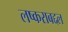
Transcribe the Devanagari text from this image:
लष्कराबद्दल